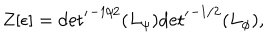
LaTeX: Z [ \epsilon ] = { { \det } ^ { \prime } } ^ { - 1 / 2 } ( L _ { \psi } ) { { \det } ^ { \prime } } ^ { - 1 / 2 } ( L _ { \phi } ) ,